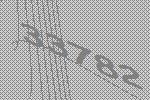
33782